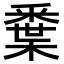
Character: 𨤘